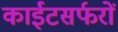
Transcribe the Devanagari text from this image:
काईटसर्फरों